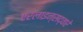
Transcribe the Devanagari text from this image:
एरलाइन्सद्वारे